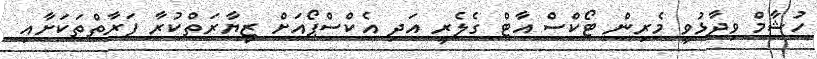
ހުޝާމް ވިދާޅުވީ މެރިން ޓޯކްސް އާޓް ގެލެރީ އަދި އެކްސްޕޯއަށް ޒިޔާރަތްކުރާ ފަރާތްތަކަށާއި